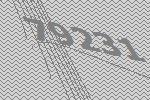
79231